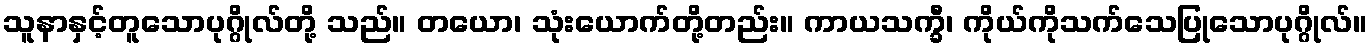
သူနာနှင့်တူသောပုဂ္ဂိုလ်တို့ သည်။ တယော၊ သုံးယောက်တို့တည်း။ ကာယသက္ခီ၊ ကိုယ်ကိုသက်သေပြုသောပုဂ္ဂိုလ်။